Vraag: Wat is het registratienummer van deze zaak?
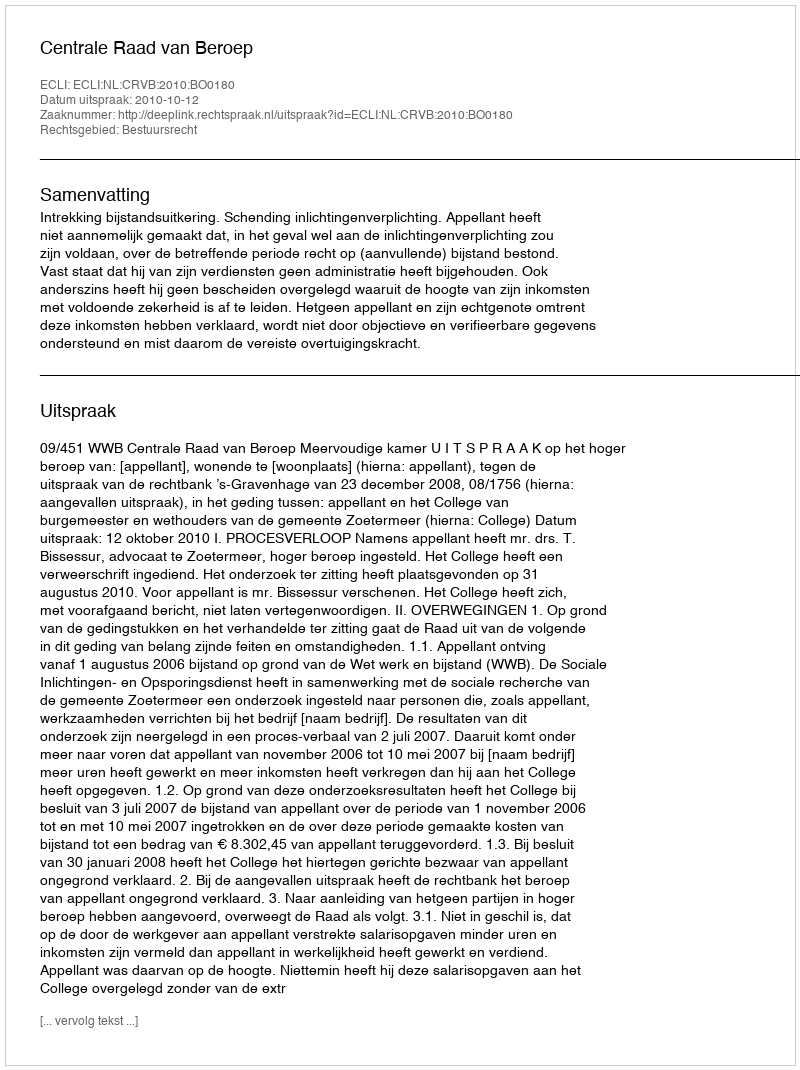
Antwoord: http://deeplink.rechtspraak.nl/uitspraak?id=ECLI:NL:CRVB:2010:BO0180